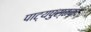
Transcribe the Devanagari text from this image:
पाट्यपुस्तक